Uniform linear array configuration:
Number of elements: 64
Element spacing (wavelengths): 0.75
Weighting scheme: kaiser
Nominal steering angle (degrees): -45
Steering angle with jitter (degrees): -45.613
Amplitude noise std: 0.05
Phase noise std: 0.05

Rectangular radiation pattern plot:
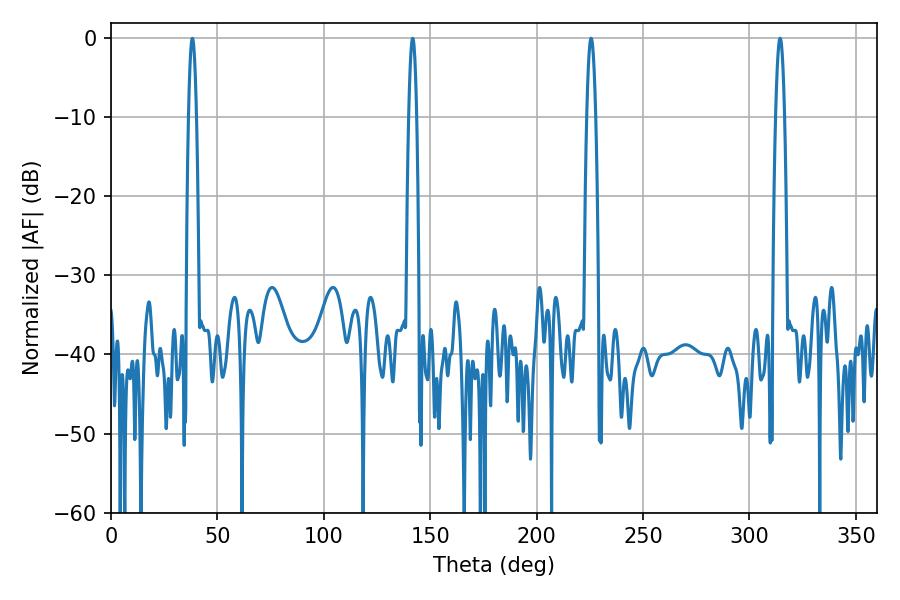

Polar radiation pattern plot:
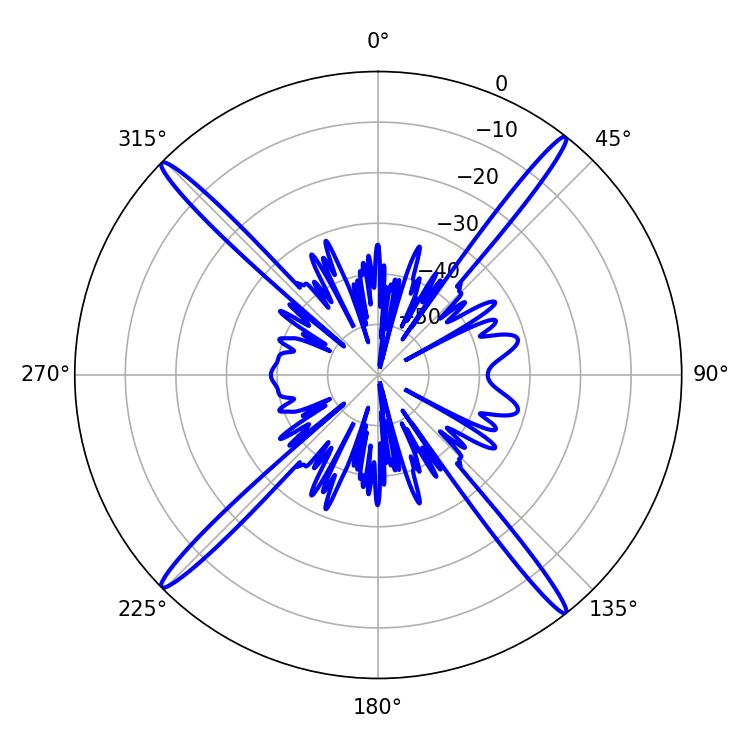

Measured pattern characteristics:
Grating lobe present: TRUE
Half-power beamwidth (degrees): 2.34
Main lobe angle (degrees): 225.54